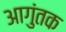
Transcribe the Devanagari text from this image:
आगुंतक